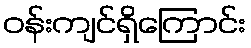
ဝန်းကျင်ရှိကြောင်း